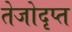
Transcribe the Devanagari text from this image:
तेजोदृप्त